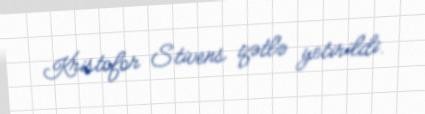
Kristofor Stivens qətlə yetirildi.